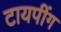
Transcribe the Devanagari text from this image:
टायपींग